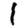
Digit: 1